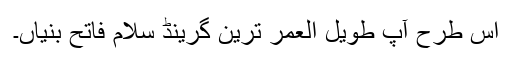
اس طرح آپ طویل العمر ترین گرینڈ سلام فاتح بنیاں۔